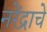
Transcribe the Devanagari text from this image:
नरेंद्राचे